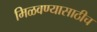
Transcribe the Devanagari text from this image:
मिळवण्यासाठीच